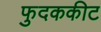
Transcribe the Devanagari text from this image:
फुदककीट